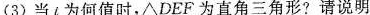
(3)当i为何值时，△DEF为直角三角形?请说明